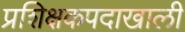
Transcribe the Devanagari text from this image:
प्रशिक्षकपदाखाली